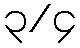
၃/၄